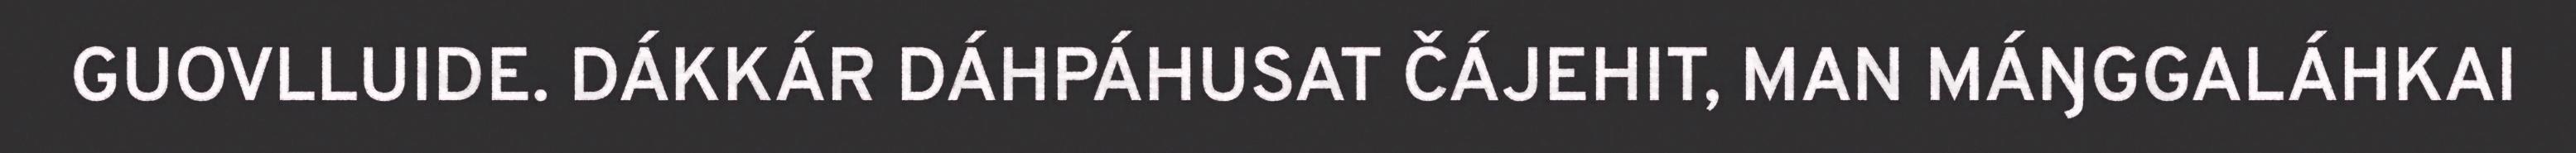
GUOVLLUIDE. DÁKKÁR DÁHPÁHUSAT ČÁJEHIT, MAN MÁŊGGALÁHKAI